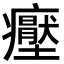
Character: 𭼶